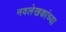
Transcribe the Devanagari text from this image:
नवलेखकांच्या